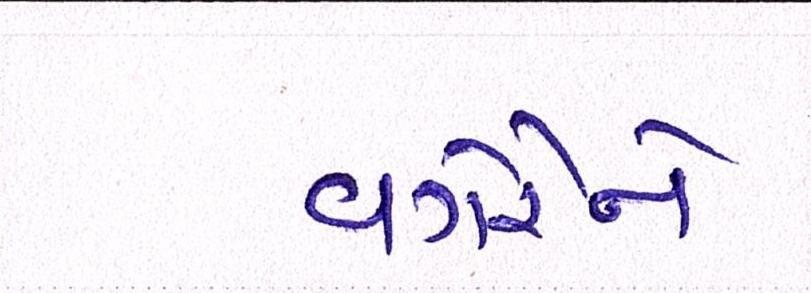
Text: વગેરેને